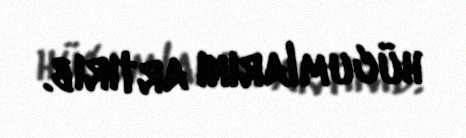
hücumlarını artırıb.